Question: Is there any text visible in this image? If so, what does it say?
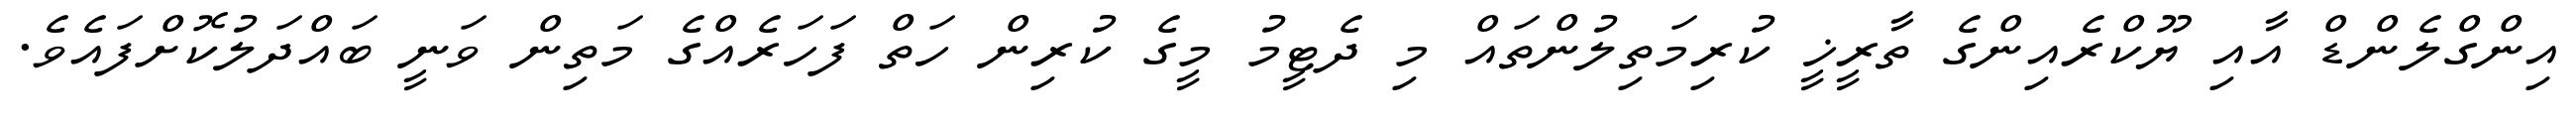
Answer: އިންގްލެންޑް އާއި ޔޫކްރެއިންގެ ތާރީޚީ ކުރިމަތިލުންތައް މި ދެޓީމު މީގެ ކުރިން ހަތް ފަހަރެއްގެ މަތިން ވަނީ ބައްދަލުކޮށްފައެވެ.